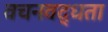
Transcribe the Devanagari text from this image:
वचनवद्धता